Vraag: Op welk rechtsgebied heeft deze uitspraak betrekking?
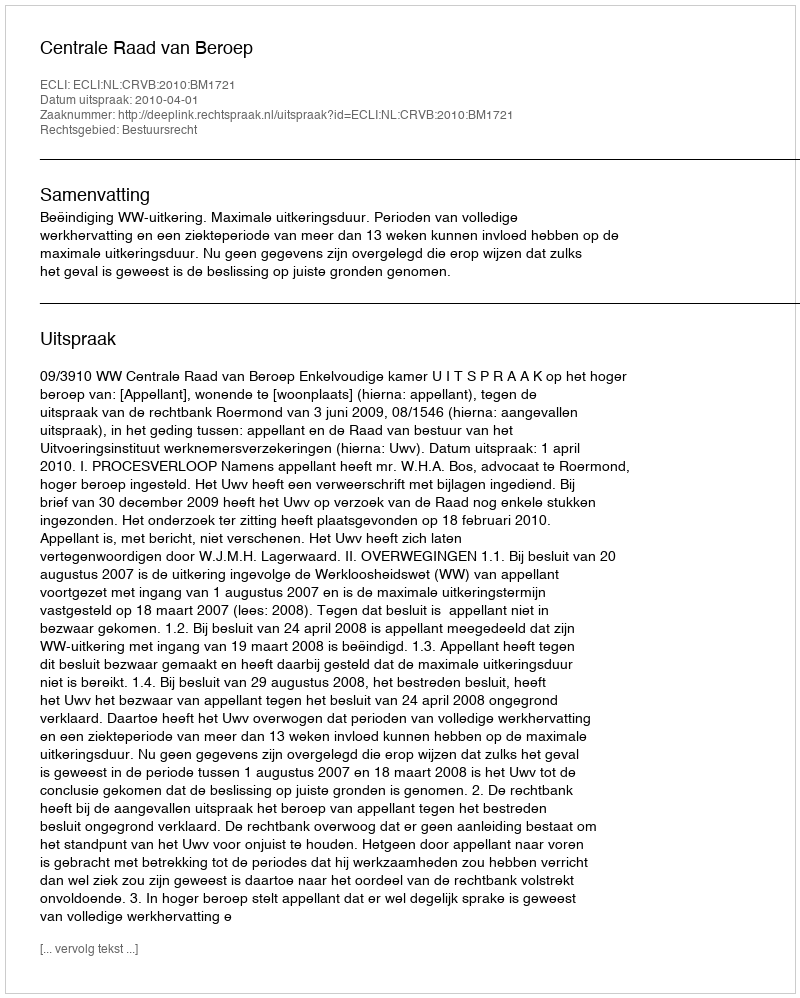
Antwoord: Bestuursrecht